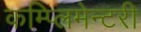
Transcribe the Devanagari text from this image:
कम्प्लिमेन्टरी